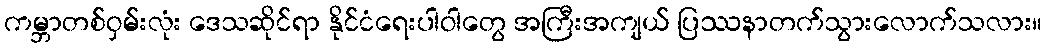
ကမ္ဘာတစ်ဝှမ်းလုံး ဒေသဆိုင်ရာ နိုင်ငံရေးပါဝါတွေ အကြီးအကျယ် ပြဿနာတက်သွားလောက်သလား။